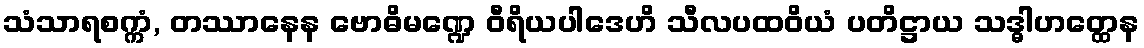
သံသာရစက္ကံ, တဿာနေန ဗောဓိမဏ္ဍေ ဝီရိယပါဒေဟိ သီလပထဝိယံ ပတိဋ္ဌာယ သဒ္ဓါဟတ္ထေန